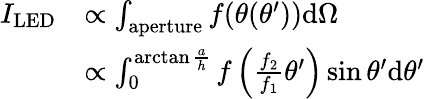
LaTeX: \begin{array}{rl}{I_{\mathrm{LED}}}&{\propto\int_{\mathrm{aperture}}f(\theta(\theta^{\prime}))\mathrm{d}\Omega}\\ &{\propto\int_{0}^{\arctan{\frac{a}{h}}}f\left(\frac{f_{2}}{f_{1}}\theta^{\prime}\right)\sin\theta^{\prime}\mathrm{d}\theta^{\prime}}\end{array}